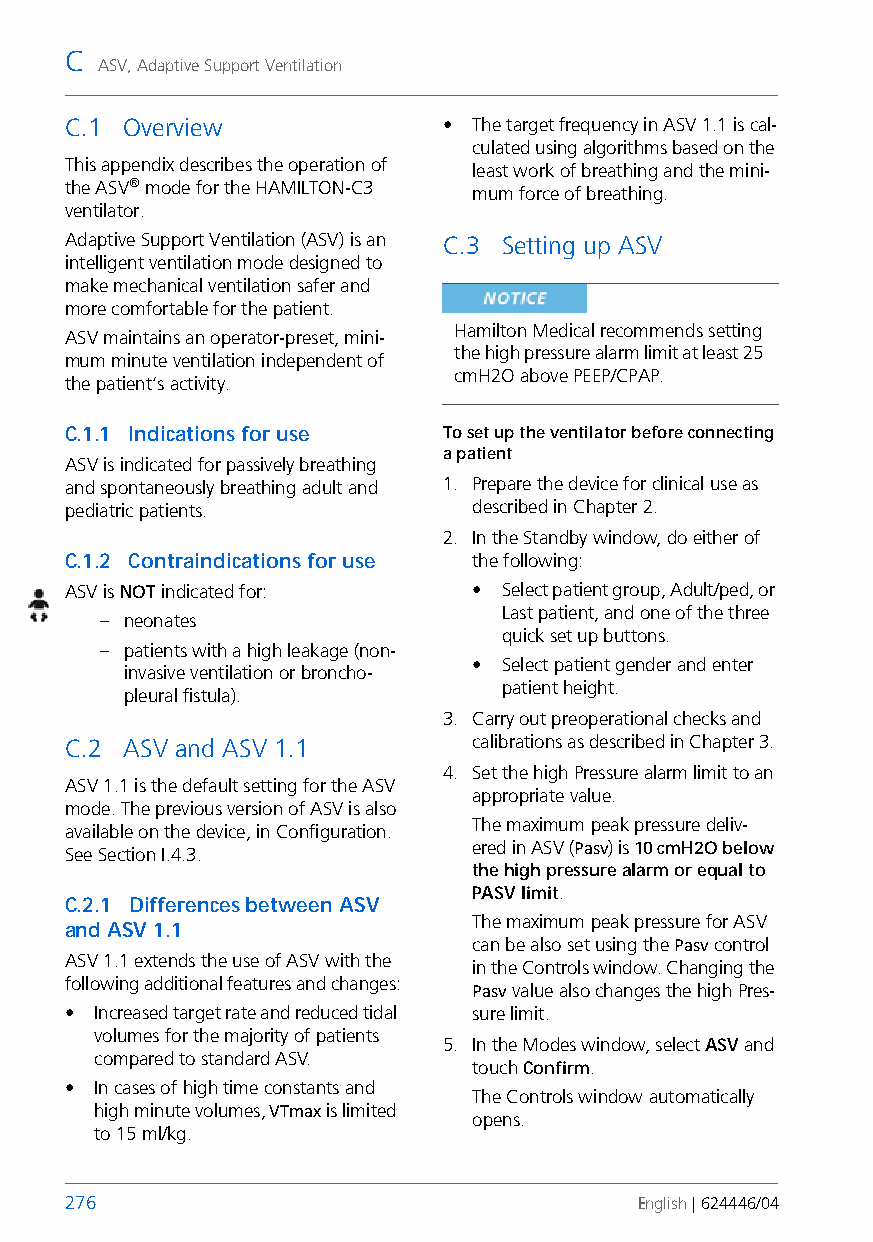
C
 ASV, Adaptive Support Ventilation
 C.1 Overview             • The target frequency in ASV 1.1 is cal-
 culated using algorithms based on the
 This appendix describes the operation of
 least work of breathing and the mini-
 the ASV® mode for the HAMILTON-C3
 mum force of breathing.
 ventilator.
 Adaptive Support Ventilation (ASV) is an C.3 Setting up ASV
 intelligent ventilation mode designed to
 make mechanical ventilation safer and
 more comfortable for the patient.
 Hamilton Medical recommends setting
 ASV maintains an operator-preset, mini-
 the high pressure alarm limit at least 25
 mum minute ventilation independent of
 cmH2O above PEEP/CPAP.
 the patient‘s activity.
 C.1.1 Indications for use To set up the ventilator before connecting
 a patient
 ASV is indicated for passively breathing
 and spontaneously breathing adult and 1. Prepare the device for clinical use as
 pediatric patients.        described in Chapter 2.
 2. In the Standby window, do either of
 C.1.2 Contraindications for use the following:
 ASV is NOT indicated for:  • Select patient group, Adult/ped, or
 Last patient, and one of the three
 – neonates
 quick set up buttons.
 – patients with a high leakage (non-
 • Select patient gender and enter
 invasive ventilation or broncho-
 patient height.
 pleural fistula).
 3. Carry out preoperational checks and
 C.2 ASV and ASV 1.1        calibrations as described in Chapter 3.
 4. Set the high Pressure alarm limit to an
 ASV 1.1 is the default setting for the ASV
 appropriate value.
 mode. The previous version of ASV is also
 The maximum peak pressure deliv-
 available on the device, in Configuration.
 See Section I.4.3.         ered in ASV (Pasv) is 10 cmH2O below
 the high pressure alarm or equal to
 PASV limit.
 C.2.1 Differences between ASV
 The maximum peak pressure for ASV
 and ASV 1.1
 can be also set using the Pasv control
 ASV 1.1 extends the use of ASV with the
 in the Controls window. Changing the
 following additional features and changes:
 Pasv value also changes the high Pres-
 • Increased target rate and reduced tidal sure limit.
 volumes for the majority of patients
 5. In the Modes window, select ASV and
 compared to standard ASV.
 touch Confirm.
 • In cases of high time constants and
 The Controls window automatically
 high minute volumes, VTmax is limited
 opens.
 to 15 ml/kg.
 276                                   English | 624446/04